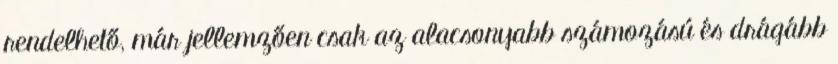
rendelhető, már jellemzően csak az alacsonyabb számozású és drágább